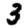
Digit: 3